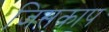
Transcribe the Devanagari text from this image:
जिसकाप